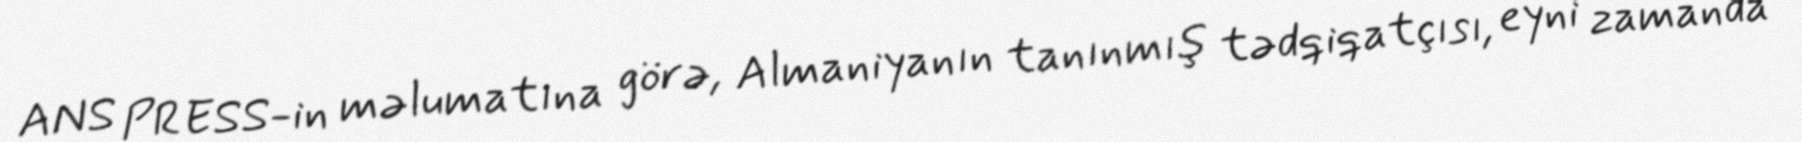
ANS PRESS-in məlumatına görə, Almaniyanın tanınmış tədqiqatçısı, eyni zamanda